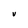
Character: V